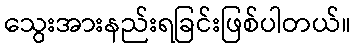
သွေးအားနည်းရခြင်းဖြစ်ပါတယ်။